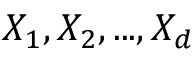
X _ { 1 } , X _ { 2 } , . . . , X _ { d }